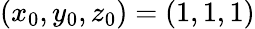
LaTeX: (x_{0},y_{0},z_{0})=(1,1,1)